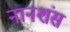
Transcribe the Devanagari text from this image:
नानशंस